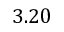
3 . 2 0